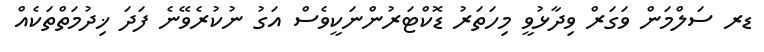
ޑރ ސަލްމަން ވަގަރް ވިދާޅުވީ މިހަތަރު ޑޮކްޓަރުންނަކީވެސް އަގު ނުކުރެވޭނެ ފަދަ ޚިދުމަތްތަކެއް